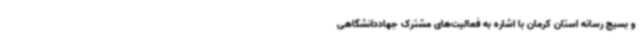
و بسیج رسانه استان کرمان با اشاره به فعالیت‌های مشترک جهاددانشگاهی